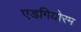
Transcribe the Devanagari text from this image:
एडगियोरम